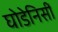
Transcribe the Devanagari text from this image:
घोडेनिसीं